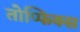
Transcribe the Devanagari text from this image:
तोप्फिक्स